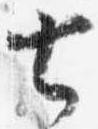
七